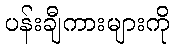
ပန်းချီကားများကို